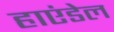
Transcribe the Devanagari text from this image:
हाएंडेल